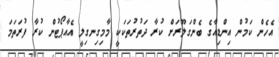
އެހެން ކަމުން އިންޑިއާގެ ބެންގަލޫރަށް ކުރާ ދަތުރުތަކަކީ މާމިގިނގިލީ އެއާޕޯޓުން ކުރާ ފުރަތަަމަ